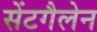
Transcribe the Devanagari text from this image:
सेंटगैलेन